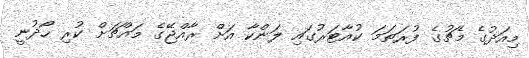
މިއަދުގެ މެޗުގެ ފުރަތަމަ ކުއާޓަރުގައި ލަންކާ އަށް ރާއްޖޭގެ މައްޗަށް ކުރި ހޯދުނީ